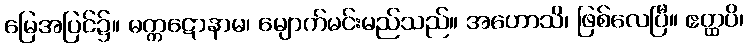
မြေအပြင်၌။ မက္ကဋောနာမ၊ မျောက်မင်းမည်သည်။ အဟောသိ၊ ဖြစ်လေပြီ။ ဧတ္ထပိ၊